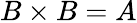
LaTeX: B\times B=A